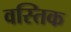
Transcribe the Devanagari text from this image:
वस्तिक